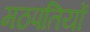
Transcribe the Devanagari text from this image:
मठपतियों